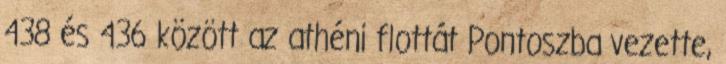
438 és 436 között az athéni flottát Pontoszba vezette,